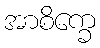
အာစိက္ခေ